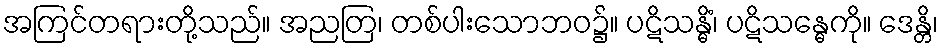
အကြင်တရားတို့သည်။ အညတြ၊ တစ်ပါးသောဘဝ၌။ ပဋိသန္ဓိံ၊ ပဋိသန္ဓေကို။ ဒေန္တိ၊